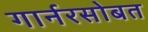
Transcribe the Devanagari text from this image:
गार्नरसोबत